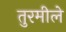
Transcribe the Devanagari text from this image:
तुरमीले